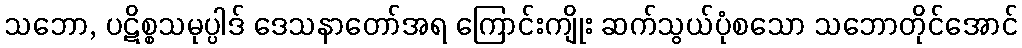
သဘော, ပဋိစ္စသမုပ္ပါဒ် ဒေသနာတော်အရ ကြောင်းကျိုး ဆက်သွယ်ပုံစသော သဘောတိုင်အောင်